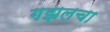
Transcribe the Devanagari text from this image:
गझलचा